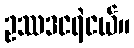
ဥဿဒငရဲငယ်။